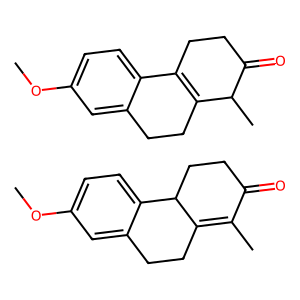
SMILES: COc1ccc2c(c1)CCC1=C(C)C(=O)CCC12.COc1ccc2c(c1)CCC1=C2CCC(=O)C1C
Inhibits HIV replication: No